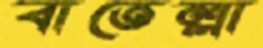
বাতেল্লা